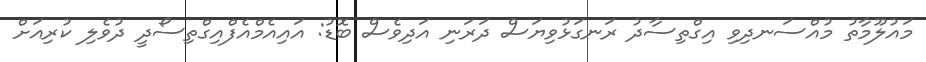
މައުލޫމާތު މުއްސަނދިވި އިގްތިސާދު ރަނގަޅުވިޔަސް ދަރަނި އަދިވެސް ބޮޑު: އައިއެމްއެފްއިގްތިސޯދީ ދުވެލި ކުރިއަށް